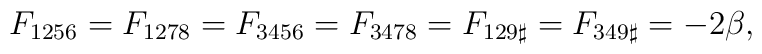
F_{1256} = F_{1278} = F_{3456} = F_{3478} = F_{129\sharp} = F_{349\sharp}= - 2\beta,